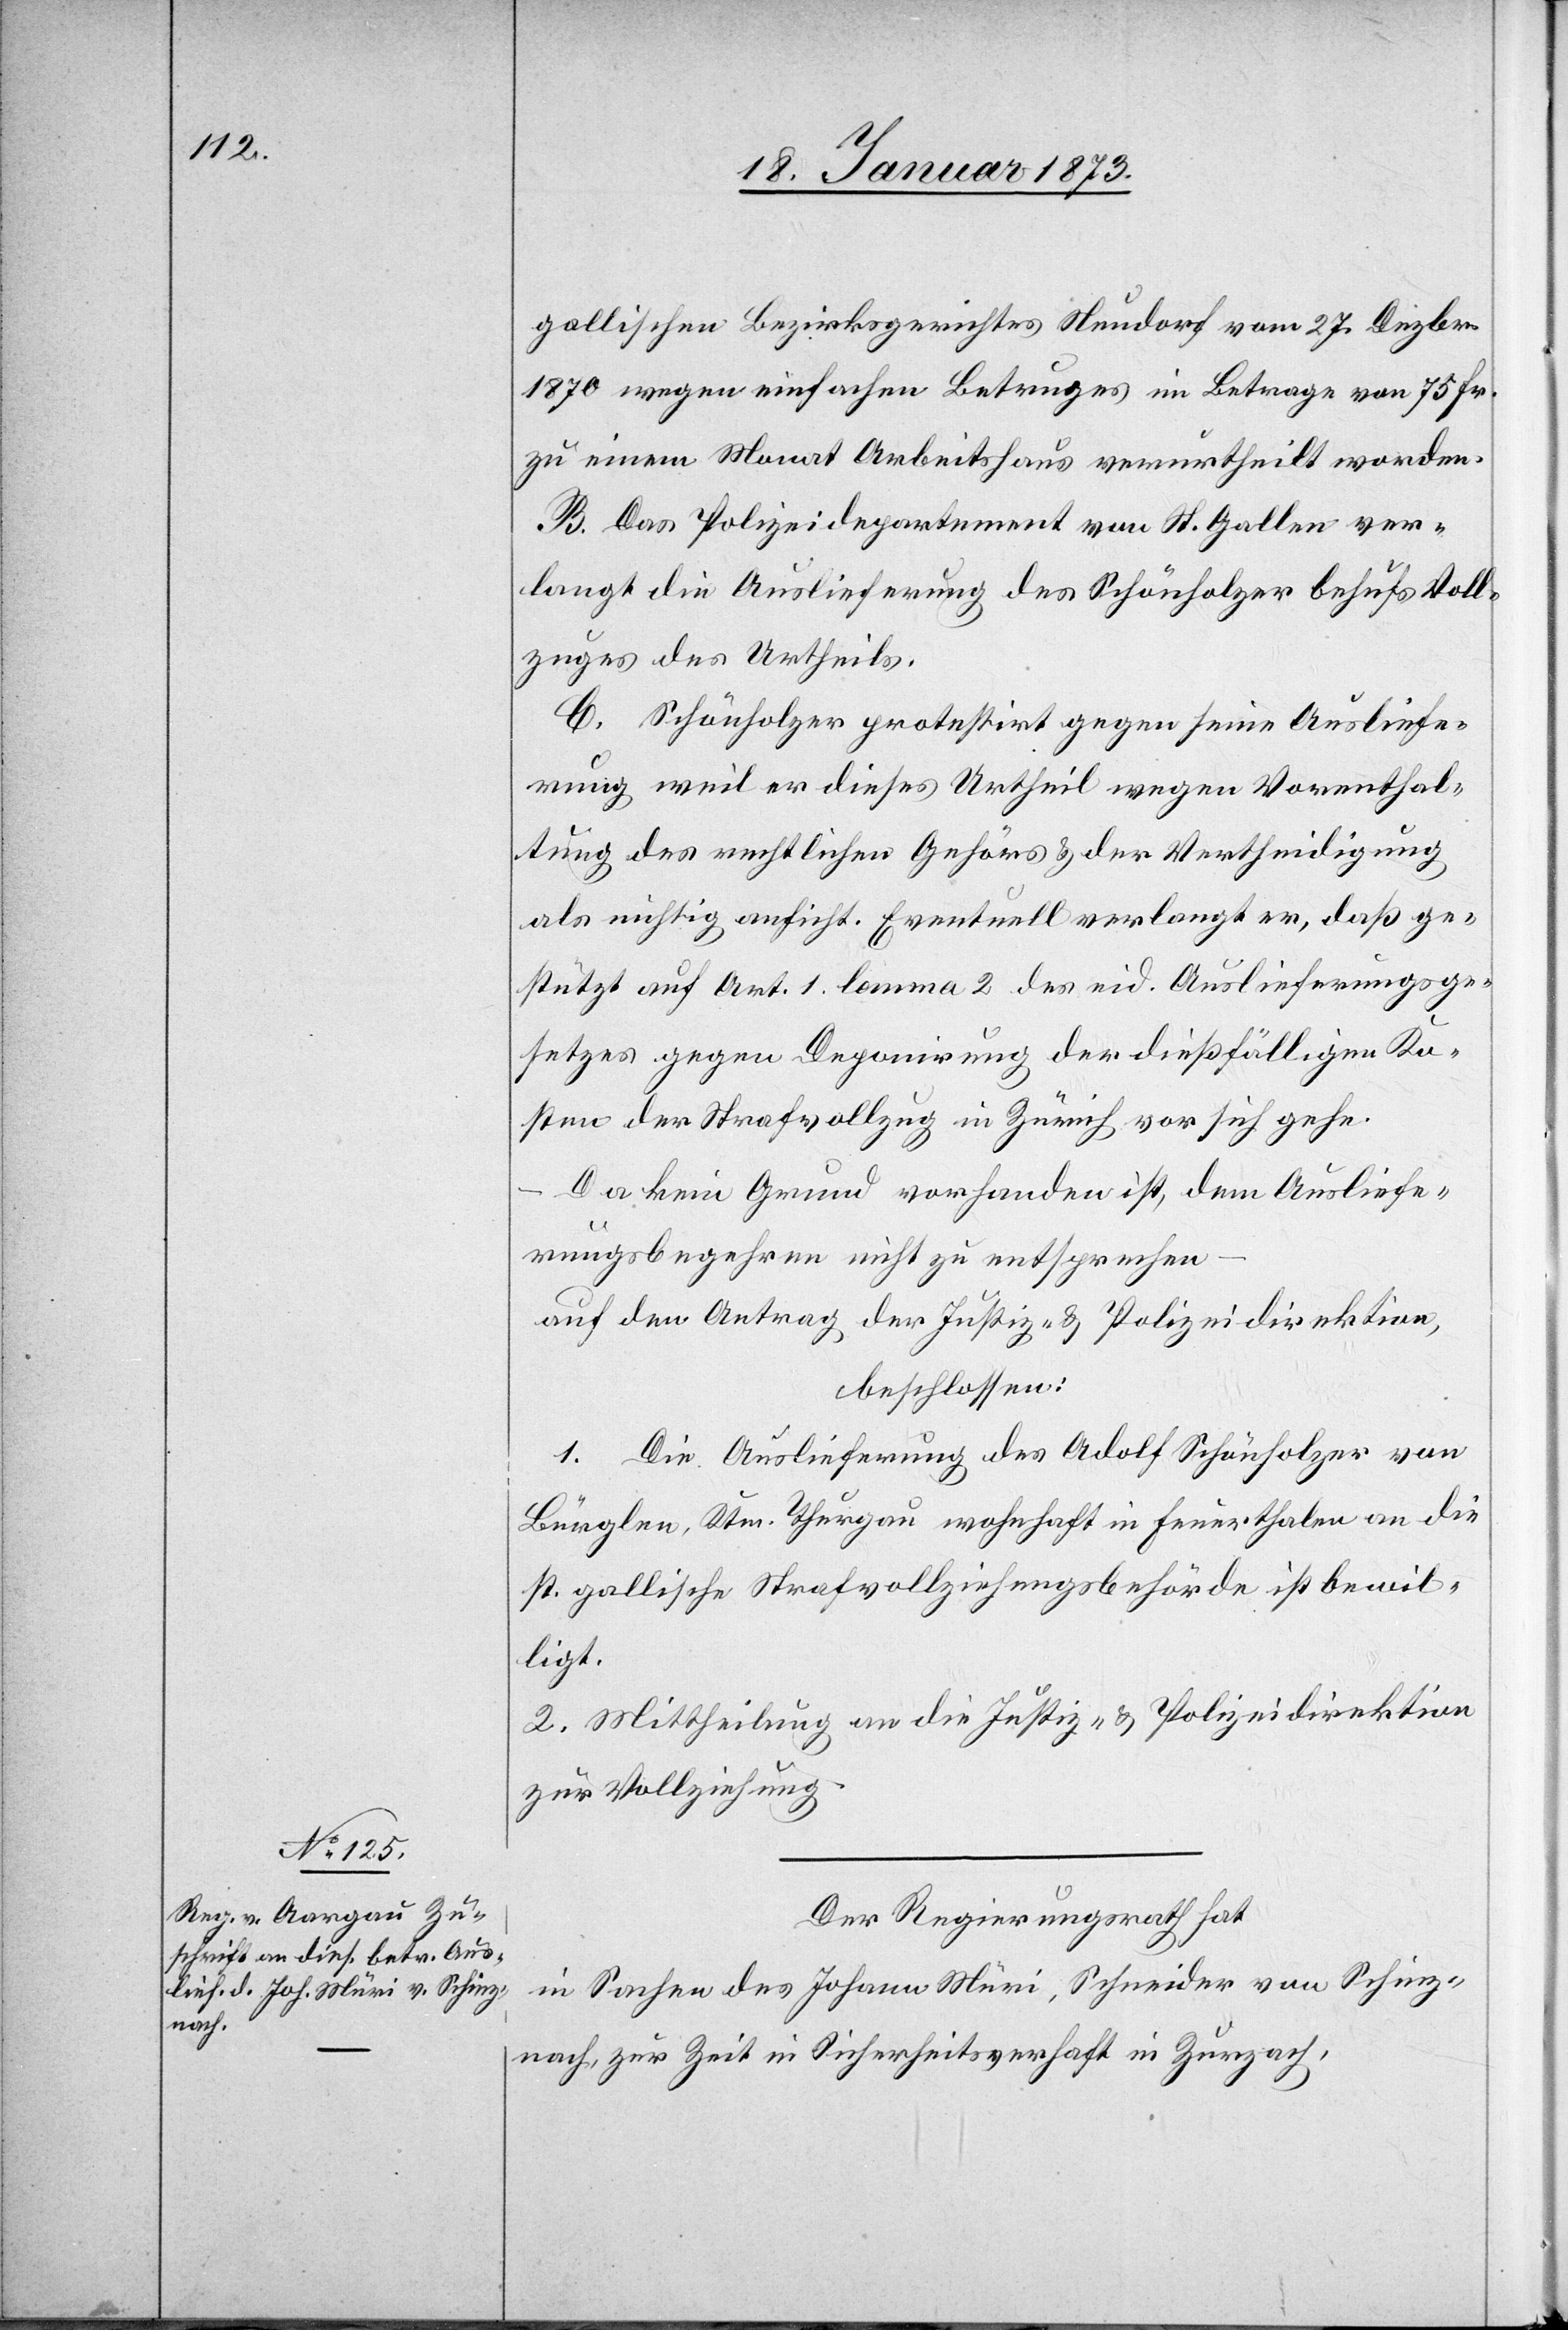
gallischen Bezirksgerichtes Neudorf vom 27. Dezbr.
1870 wegen einfachen Betruges im Betrage von 75 Fr.
zu einem Monat Arbeitshaus verurtheilt worden.
B. Das Polizeidepartement von St. Gallen ver¬
langt die Auslieferung des Schönholzer behufs Voll¬
zuges des Urtheils.
C. Schönholzer protestirt gegen seine Ausliefe¬
rung weil er dieses Urtheil wegen Vorenthal¬
tung des rechtlichen Gehörs u. der Vertheidigung
als nichtig anficht. Eventuell verlangt er, daß ge¬
stützt auf Art. 1. Lemma 2 des eid. Auslieferungsge¬
setzes gegen Deponirung der dießfälligen Ko¬
sten der Strafvollzug in Zürich vorsichgehe.
Da kein Grund vorhanden ist, dem Ausliefe¬
rungsbegehren nicht zu entsprechen
auf den Antrag der Justiz- u. Polizeidirektion,
beschlossen:
1. Die Auslieferung des Adolf Schönholzer von
Bürglen, Ktn. Thurgau wohnhaft in Feuerthalen an die
st. gallische Strafvollziehungsbehörde ist bewil¬
ligt.
2. Mittheilung an die Justiz- u. Polizeidirektion
zur Vollziehung.
Der Regierungsrath hat,
in Sachen des Johann Müri, Schneider von Schinz¬
nach, zur Zeit in Sicherheitsverhaft in Zurzach,